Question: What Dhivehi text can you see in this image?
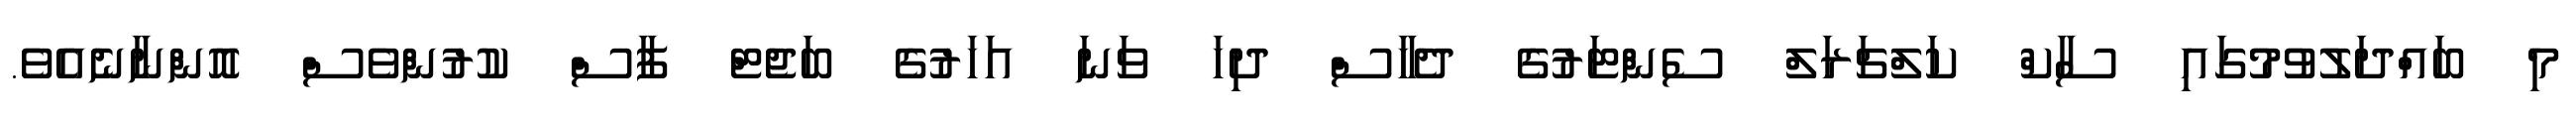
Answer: މި ބައްދަލުވުމުގައި ސާކް ކަލްޗަރަލް ސެންޓަރުގެ ދެހާސް ދިހަ ވަނަ އަހަރުގެ ބަޖެޓް ފާސް ކުރުންވެސް އޮންނާނެއެވެ.